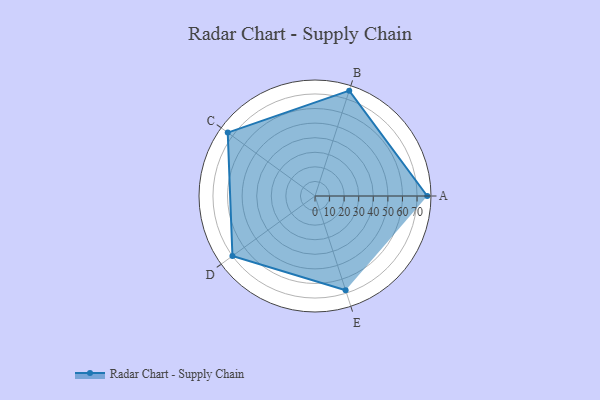
{"axis": {"x": "Skill", "y": "Score"}, "legend": ["Profile"], "data": [{"x": "A", "y": 77.0, "type": "Profile"}, {"x": "B", "y": 76.0, "type": "Profile"}, {"x": "C", "y": 74.0, "type": "Profile"}, {"x": "D", "y": 70.0, "type": "Profile"}, {"x": "E", "y": 68.0, "type": "Profile"}]}